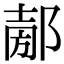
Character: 𨜤